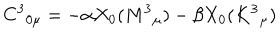
C ^ { 3 } { } _ { 0 \mu } = - \alpha X _ { 0 } ( M ^ { 3 } { } _ { \mu } ) - \beta X _ { 0 } ( K ^ { 3 } { } _ { \mu } )